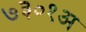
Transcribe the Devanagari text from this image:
७३०१अ